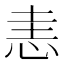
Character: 恚